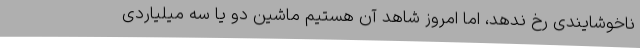
ناخوشایندی رخ ندهد، اما امروز شاهد آن هستیم ماشین دو یا سه میلیاردی